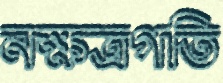
নক্ষত্রগতি